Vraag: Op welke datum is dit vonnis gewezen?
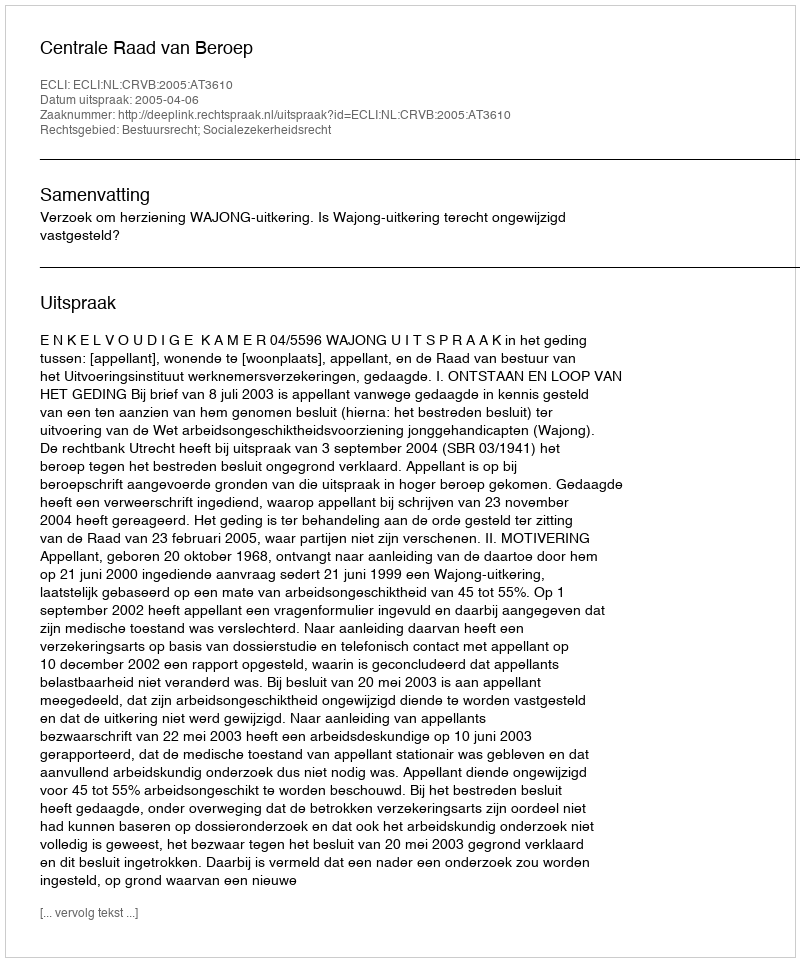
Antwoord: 2005-04-06